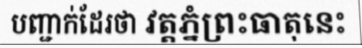
បញ្ជាក់ដែរថា វត្តភ្នំព្រះធាតុនេះ